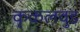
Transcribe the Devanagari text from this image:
कृकलवुड